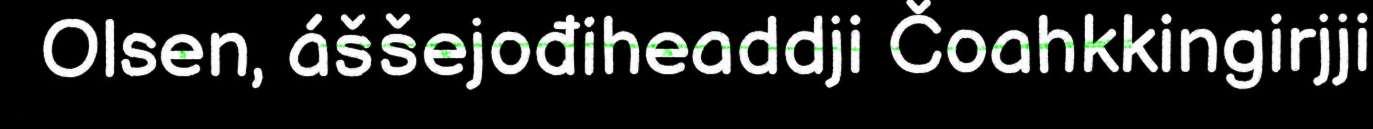
Olsen, áššejođiheaddji Čoahkkingirjji